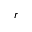
r